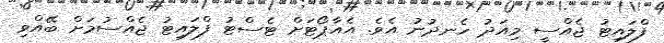
ފްލައިޓު ޖެއްސީ މިއަދު ހެނދުނު އެވެ. އެއާޕޯޓަށް ޓެސްޓު ފްލައިޓު ޖެއްސުމަށް ބޭއްވި